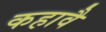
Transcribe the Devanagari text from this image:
कहावै